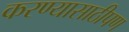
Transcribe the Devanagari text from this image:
करण्यासाठीपण